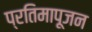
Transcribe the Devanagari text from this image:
प्रतिमापूजन